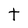
Character: t